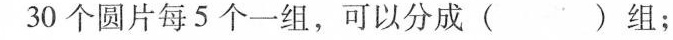
30个圆片每5个一组，可以分成( )组；